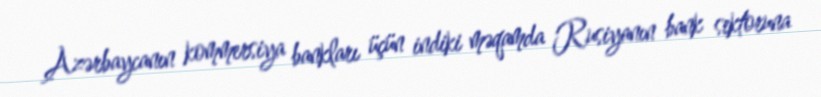
Azərbaycanın kommersiya bankları üçün indiki məqamda Rusiyanın bank sektoruna